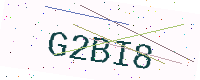
Text: G2BI8